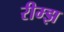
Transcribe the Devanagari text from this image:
रीम्झ